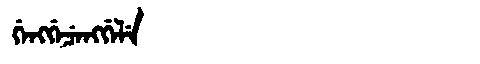
Manchu: ᡤᡝᠩᡤᡝᠴᡝᠩᡤᡝᠯᡝ
Romanization: GENGGECENGGELE